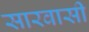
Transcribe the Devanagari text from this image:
सारवासी